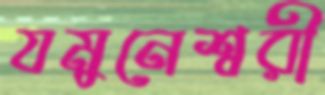
যমুনেশ্বরী